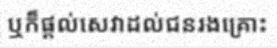
ឬក៏ផ្តល់សេវាដល់ជនរងគ្រោះ